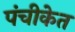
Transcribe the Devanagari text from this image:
पंचीकेत